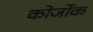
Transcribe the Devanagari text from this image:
कोर्जोक